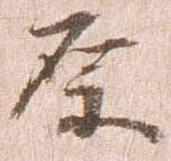
原